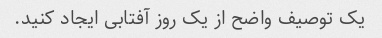
یک توصیف واضح از یک روز آفتابی ایجاد کنید.